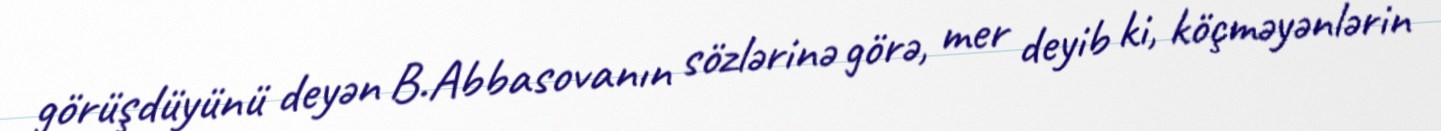
görüşdüyünü deyən B.Abbasovanın sözlərinə görə, mer deyib ki, köçməyənlərin